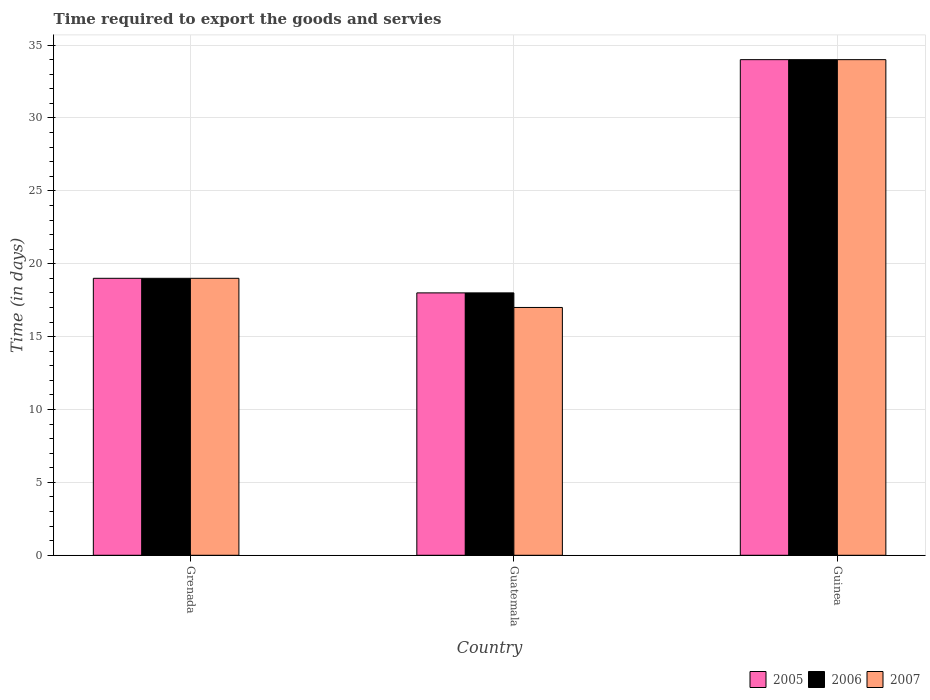
| Country | 2005 | 2006 | 2007 |
 | --- | --- | --- | --- |
 | Grenada | 19 | 19 | 19 |
 | Guatemala | 18 | 18 | 17 |
 | Guinea | 34 | 34 | 34 |